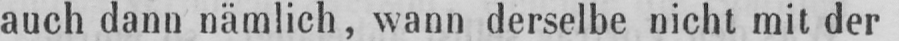
auch dann nämlich, wann derselbe nicht mit der